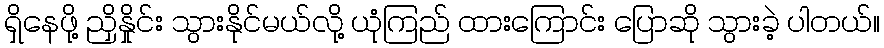
ရှိနေဖို့ ညှိနှိုင်း သွားနိုင်မယ်လို့ ယုံကြည် ထားကြောင်း ပြောဆို သွားခဲ့ ပါတယ်။